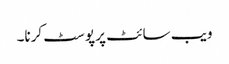
ویب سائٹ پر پوسٹ کرنا۔